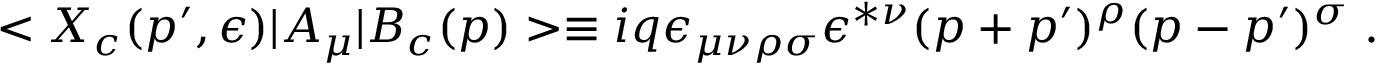
< X _ { c } ( p ^ { \prime } , \epsilon ) \vert A _ { \mu } \vert B _ { c } ( p ) > \equiv i q \epsilon _ { \mu \nu \rho \sigma } \epsilon ^ { * \nu } ( p + p ^ { \prime } ) ^ { \rho } ( p - p ^ { \prime } ) ^ { \sigma } \; .